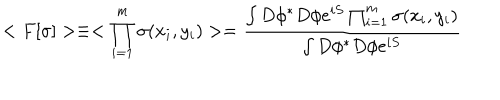
< F [ \sigma ] > \equiv < \prod _ { i = 1 } ^ { m } \sigma ( x _ { i } , y _ { i } ) > = { \frac { \int D \phi ^ { * } D \phi e ^ { i S } \prod _ { i = 1 } ^ { m } \sigma ( x _ { i } , y _ { i } ) } { \int D \phi ^ { * } D \phi e ^ { i S } } }